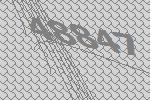
48847